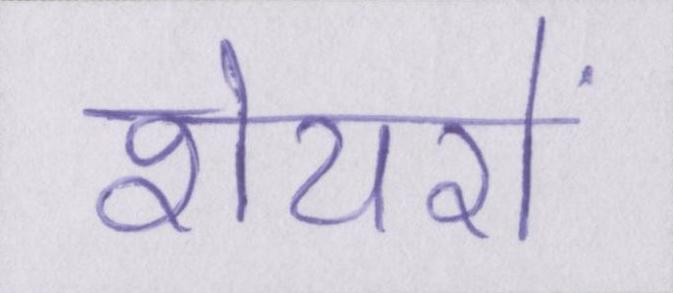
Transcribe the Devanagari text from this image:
शेयरों